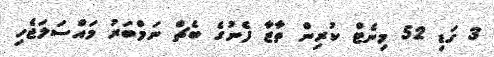
3 ގަޑި 52 މިނެޓް ކުރިން ތާޒާ ފެނުގެ ބެޗް ނަމްބަރު މައްސަލަޖެހި